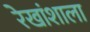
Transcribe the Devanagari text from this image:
रेखांशाला